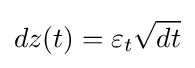
dz(t)=\varepsilon _{t}{\sqrt {dt}}